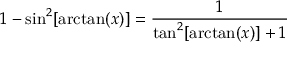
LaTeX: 1 - \sin ^ { 2 } [ \arctan ( x ) ] = { \frac { 1 } { \tan ^ { 2 } [ \arctan ( x ) ] + 1 } }